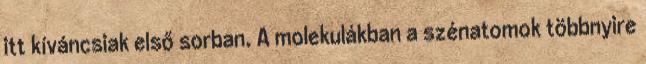
itt kíváncsiak első sorban. A molekulákban a szénatomok többnyire